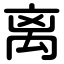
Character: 离